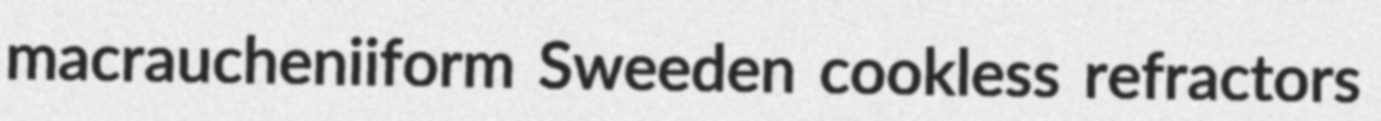
macraucheniiform Sweeden cookless refractors